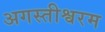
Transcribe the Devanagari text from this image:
अगस्तीश्वरम